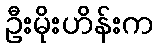
ဦးမိုးဟိန်းက